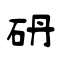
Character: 砃